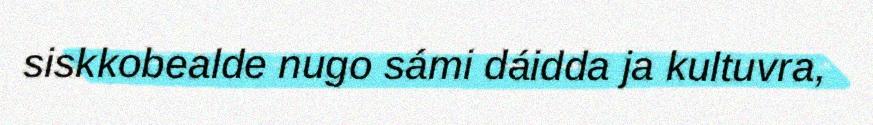
siskkobealde nugo sámi dáidda ja kultuvra,